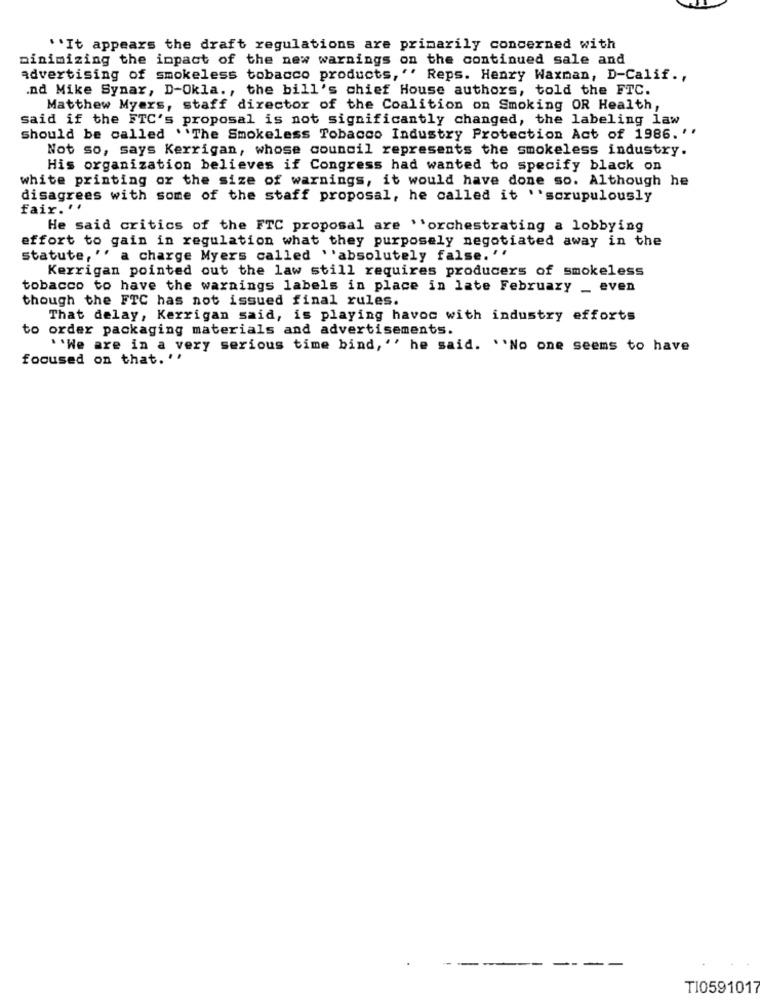
``It appears the draft regulations are primarily concerned with
minimizing the impact of the new warnings on the continued sale and
advertising of smokeless tobacco products,'' Reps. Henry Waxman, D-Calif .,
.nd Mike Synar, D-Okla ., the bill's chief House authors, told the FTC.
Matthew Myers, staff director of the Coalition on Smoking OR Health,
said if the FTC's proposal is not significantly changed, the labeling law
should be called ''The Smokeless Tobacco Industry Protection Act of 1986. ''
Not so, says Kerrigan, whose council represents the smokeless industry.
His organization believes if Congress had wanted to specify black on
white printing or the size of warnings, it would have done so. Although he
disagrees with some of the staff proposal, he called it 'scrupulously
fair. ''
He said critics of the FTC proposal are ''orchestrating a lobbying
effort to gain in regulation what they purposely negotiated away in the
statute, "' a charge Myers called ''absolutely false, ''
Kerrigan pointed out the law still requires producers of smokeless
tobacco to have the warnings labels in place in late February _ even
though the FTC has not issued final rules.
That delay, Kerrigan said, is playing havoc with industry efforts
to order packaging materials and advertisements.
"We are in a very serious time bind, '' he said. ''No one seems to have
focused on that. ''
TI0591017